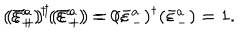
LaTeX: ( \bar { \varepsilon } _ { + } ^ { a } ) ^ { \dagger } ( \bar { \varepsilon } _ { - } ^ { a } ) = 0 ; \hspace { 1 . 0 c m } ( \bar { \varepsilon } _ { + } ^ { a } ) ^ { \dagger } ( \bar { \varepsilon } _ { + } ^ { a } ) = ( \bar { \varepsilon } _ { - } ^ { a } ) ^ { \dagger } ( \bar { \varepsilon } _ { - } ^ { a } ) = 1 .